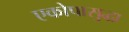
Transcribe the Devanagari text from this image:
एकोपासुद्धा